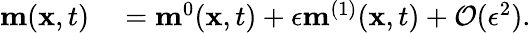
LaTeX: \begin{array}{rl}{\mathbf{m}(\mathbf{x},t)}&{{}=\mathbf{m}^{0}(\mathbf{x},t)+\epsilon\mathbf{m}^{(1)}(\mathbf{x},t)+\mathcal{O}(\epsilon^{2}).}\end{array}